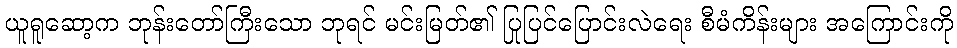
ယူရူဆော့က ဘုန်းတော်ကြီးသော ဘုရင် မင်းမြတ်၏ ပြုပြင်ပြောင်းလဲရေး စီမံကိန်းများ အကြောင်းကို